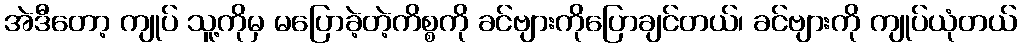
အဲဒီတော့ ကျုပ် သူ့ကိုမှ မပြောခဲ့တဲ့ကိစ္စကို ခင်ဗျားကိုပြောချင်တယ်၊ ခင်ဗျားကို ကျုပ်ယုံတယ်